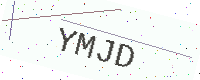
Text: YMJD